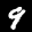
Label: 9